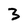
Character: 3